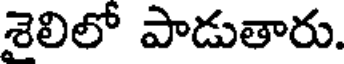
శైలిలో పాడుతారు.